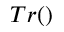
T r ( )